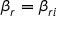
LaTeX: \beta _ { r } = \beta _ { r i }